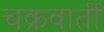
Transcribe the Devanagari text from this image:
चक्रवार्ती